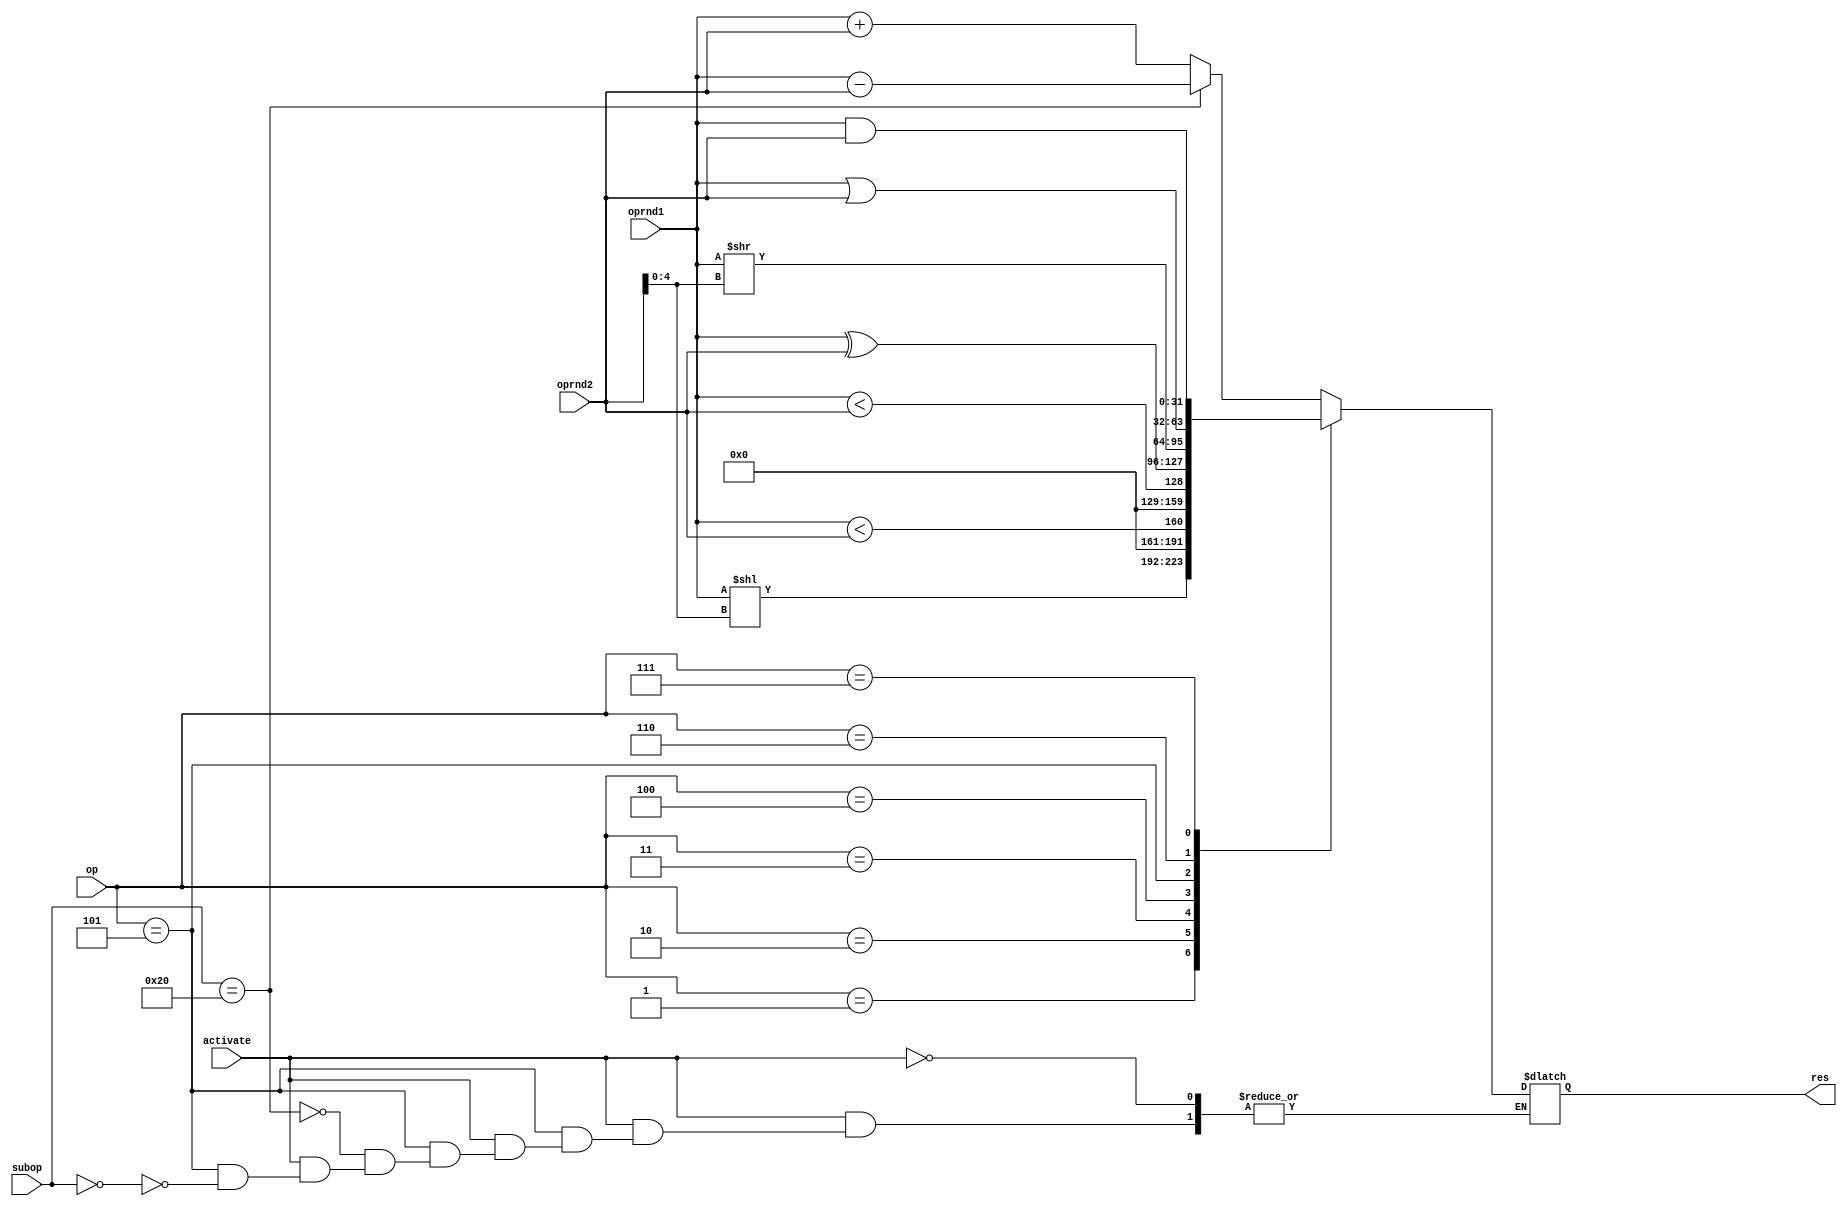
module ALU (
    input wire activate,
	input wire [2:0] op,
	input wire [6:0] subop,
    input wire [31:0] oprnd1,
    input wire [31:0] oprnd2,
    output wire [31:0] res
    );

    reg [31:0] result;
    assign res = result;
    always @ (*) begin
        //$display("op: ", op, oprnd1, oprnd2);
        if(activate) begin
            //$display("oprnd1, 2: ", oprnd1, oprnd2, subop);
            case(op)
                3'b000: begin // add or sub
                    if(subop == 7'b0000000) result = oprnd1 + oprnd2; //ADD
                    if(subop == 7'b0100000) result = oprnd1 - oprnd2; //SUB
                    else result = oprnd1 + oprnd2; // if addi
                    //$display("result, ", result);
                end
                3'b001: begin // SLL
                    result = oprnd1 << oprnd2[4:0];
                end
                3'b010: begin // SLT
                    result = $signed(oprnd1) < $signed(oprnd2);
                end
                3'b011: begin // SLTU
                    result = oprnd1 < oprnd2;
                end
                3'b100: begin // XOR
                    result = oprnd1 ^ oprnd2;
                end
                3'b101: begin // SRL or SRA
                    if(subop == 7'b0000000) begin // SRL
                        result = (oprnd1 >> oprnd2[4:0]);
                    end
                    if(subop == 7'b0100000) begin //SRA
                        result = (oprnd1 >> oprnd2[4:0]); // modify it!
                    end
                end
                3'b110: begin // OR
                    result = oprnd1 | oprnd2;
                end
                3'b111: begin // AND
                    result = oprnd1 & oprnd2;
                end
            endcase
        end    
    end



endmodule